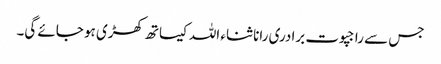
جس سے راجپوت برادری رانا ثناء اللہ کیساتھ کھڑی ہو جائے گی۔